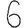
Digit: 6